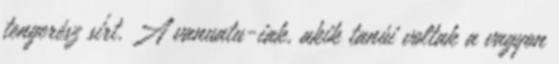
tengerész sírt. A vanuatu-iak, akik tanúi voltak a vagyon